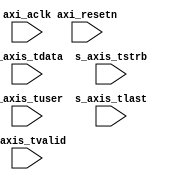
module checksum_processor
#(
   parameter   C_S_AXIS_TDATA_WIDTH       = 256,
   parameter   C_S_AXIS_TUSER_WIDTH       = 256
)
(
   input                                           axi_aclk,
   input                                           axi_resetn,

   //Slave Stream Ports (interface to data path)
   input          [C_S_AXIS_TDATA_WIDTH-1:0]       s_axis_tdata,
   input          [(C_S_AXIS_TDATA_WIDTH/8)-1:0]   s_axis_tstrb,
   input          [C_S_AXIS_TUSER_WIDTH-1:0]       s_axis_tuser,
   input                                           s_axis_tlast,
   input                                           s_axis_tvalid
);


reg   [C_S_AXIS_TDATA_WIDTH-1:0]       r_tdata;
reg   [(C_S_AXIS_TDATA_WIDTH/8)-1:0]   r_tstrb;
reg   [C_S_AXIS_TUSER_WIDTH-1:0]       r_tuser;
reg                                    r_tlast;
reg                                    r_tvalid;

reg   [7:0]    pkt_cnt;

reg   [15:0]   ip_bytes[0:(C_S_AXIS_TDATA_WIDTH/16)-1], ip_check_sum;
reg   [31:0]   ip_bytes_sum_current, ip_bytes_sum_next, ip_bytes_sum;

reg   [15:0]   udp_bytes[0:(C_S_AXIS_TDATA_WIDTH/16)-1], udp_check_sum;
reg   [31:0]   udp_bytes_sum_current, udp_bytes_sum_next, udp_bytes_sum;

reg   [15:0]   tcp_bytes[0:(C_S_AXIS_TDATA_WIDTH/16)-1], tcp_check_sum;
reg   [31:0]   tcp_bytes_sum_current, tcp_bytes_sum_next, tcp_bytes_sum;


always @(posedge axi_aclk)
   if (~axi_resetn) begin
      r_tdata  <= 0;
      r_tstrb  <= 0;
      r_tuser  <= 0;
      r_tlast  <= 0;
      r_tvalid <= 0;
   end
   else begin
      r_tdata  <= s_axis_tdata;
      r_tstrb  <= s_axis_tstrb;
      r_tuser  <= s_axis_tuser;
      r_tlast  <= s_axis_tlast;
      r_tvalid <= s_axis_tvalid;
   end

always @(posedge axi_aclk)
   if (~axi_resetn) begin
      pkt_cnt                 <= 0;
      ip_bytes_sum_current    <= 0;
      udp_bytes_sum_current   <= 0;
      tcp_bytes_sum_current   <= 0;
   end
   else if (r_tvalid && r_tlast) begin
      pkt_cnt                 <= 0;
      ip_bytes_sum_current    <= 0;
      udp_bytes_sum_current   <= 0;
      tcp_bytes_sum_current   <= 0;
   end
   else if (r_tvalid) begin
      pkt_cnt                 <= pkt_cnt + 1;
      ip_bytes_sum_current    <= ip_bytes_sum_next;
      udp_bytes_sum_current   <= udp_bytes_sum_next;
      tcp_bytes_sum_current   <= tcp_bytes_sum_next;
   end

//IPv4 checksum computation.
wire ip_bytes_3_en = (pkt_cnt == 1) || (pkt_cnt == 2) || (pkt_cnt == 3);
wire ip_bytes_2_en = (pkt_cnt == 2) || (pkt_cnt == 3);
wire ip_bytes_1_en = (pkt_cnt == 2) || (pkt_cnt == 3);
wire ip_bytes_0_en = (pkt_cnt == 2) || (pkt_cnt == 4);

always @(r_tvalid or ip_bytes_3_en or ip_bytes_2_en or ip_bytes_1_en or ip_bytes_0_en) begin
   ip_bytes[3] = (r_tvalid && ip_bytes_3_en) ? r_tdata[48+:16] : 0;
   ip_bytes[2] = (r_tvalid && ip_bytes_2_en) ? r_tdata[32+:16] : 0;
   ip_bytes[1] = (r_tvalid && ip_bytes_1_en) ? r_tdata[16+:16] : 0;
   ip_bytes[0] = (r_tvalid && ip_bytes_0_en) ? r_tdata[0+:16]  : 0;
   
   ip_bytes_sum      = ip_bytes[0] + ip_bytes[1] + ip_bytes[2] + ip_bytes[3] + ip_bytes_sum_current;
   ip_bytes_sum_next = ip_bytes_sum;

   ip_check_sum      = ~(ip_bytes_sum[31:16] + ip_bytes_sum[15:0]);
end

//UDP checksum computation.
wire udp_bytes_3_en_n = (pkt_cnt == 0) || (pkt_cnt == 1);
wire udp_bytes_2_en_n = (pkt_cnt == 0) || (pkt_cnt == 1) || (pkt_cnt == 2);
wire udp_bytes_1_en_n = (pkt_cnt == 0) || (pkt_cnt == 1) || (pkt_cnt == 2);
wire udp_bytes_0_en_n = (pkt_cnt == 0) || (pkt_cnt == 1) || (pkt_cnt == 2) || (pkt_cnt == 3) || (pkt_cnt == 5);

//For pseudo IP header calculation, the upd protocol is only required with zeros.
wire  [15:0]   udp_bytes_en_3 = (pkt_cnt == 2) ? 16'hff00 : {{8{r_tstrb[7]}}, {8{r_tstrb[6]}}};
wire  [15:0]   udp_bytes_en_2 = {{8{r_tstrb[5]}}, {8{r_tstrb[4]}}};
wire  [15:0]   udp_bytes_en_1 = {{8{r_tstrb[3]}}, {8{r_tstrb[2]}}};
wire  [15:0]   udp_bytes_en_0 = {{8{r_tstrb[1]}}, {8{r_tstrb[0]}}};

always @(r_tvalid or ip_bytes_3_en or ip_bytes_2_en or ip_bytes_1_en or ip_bytes_0_en) begin
   udp_bytes[3] = (r_tvalid && udp_bytes_3_en_n) ? 0 : r_tdata[48+:16] & udp_bytes_en_3;
   udp_bytes[2] = (r_tvalid && udp_bytes_2_en_n) ? 0 : r_tdata[32+:16] & udp_bytes_en_2;
   udp_bytes[1] = (r_tvalid && udp_bytes_1_en_n) ? 0 : r_tdata[16+:16] & udp_bytes_en_1;
   udp_bytes[0] = (r_tvalid && udp_bytes_0_en_n) ? 0 : r_tdata[0+:16]  & udp_bytes_en_0;

   //For Pseudo IP header calculation, the upd length must be added one more. 
   udp_bytes_sum      = (pkt_cnt == 4) ? udp_bytes[0] + udp_bytes[1] + udp_bytes[2] + udp_bytes[3] + udp_bytes[3] + udp_bytes_sum_current :
                                         udp_bytes[0] + udp_bytes[1] + udp_bytes[2] + udp_bytes[3] + udp_bytes_sum_current;
   udp_bytes_sum_next = udp_bytes_sum;

   udp_check_sum      = ~(udp_bytes_sum[31:16] + udp_bytes_sum[15:0]);
end

//TCP checksum computation.
wire tcp_bytes_3_en_n = (pkt_cnt == 0) || (pkt_cnt == 1);
wire tcp_bytes_2_en_n = (pkt_cnt == 0) || (pkt_cnt == 1) || (pkt_cnt == 2);
wire tcp_bytes_1_en_n = (pkt_cnt == 0) || (pkt_cnt == 1) || (pkt_cnt == 2);
wire tcp_bytes_0_en_n = (pkt_cnt == 0) || (pkt_cnt == 1) || (pkt_cnt == 2) || (pkt_cnt == 3) || (pkt_cnt == 5);

//TCP length including TCP header and data needs to be calculated on the fly.
reg   [15:0]   r_tcp_length;
always @(posedge axi_aclk)
   if (~axi_resetn)
      r_tcp_length   <= 0;
   else if (pkt_cnt == 2)
      r_tcp_length   <= ({r_tdata[0+:8], r_tdata[8+:8]} - 16'h0014);

wire  [15:0]   tcp_length = {r_tcp_length[0+:8], r_tcp_length[8+:8]};

//For pseudo IP header calculation, the upd protocol is only required with zeros.
wire  [15:0]   tcp_bytes_en_3 = (pkt_cnt == 2) ? 16'hff00 : {{8{r_tstrb[7]}}, {8{r_tstrb[6]}}};
wire  [15:0]   tcp_bytes_en_2 = {{8{r_tstrb[5]}}, {8{r_tstrb[4]}}};
wire  [15:0]   tcp_bytes_en_1 = {{8{r_tstrb[3]}}, {8{r_tstrb[2]}}};
wire  [15:0]   tcp_bytes_en_0 = {{8{r_tstrb[1]}}, {8{r_tstrb[0]}}};

always @(r_tvalid or ip_bytes_3_en or ip_bytes_2_en or ip_bytes_1_en or ip_bytes_0_en) begin
   tcp_bytes[3] = (r_tvalid && tcp_bytes_3_en_n) ? 0 : r_tdata[48+:16] & tcp_bytes_en_3;
   tcp_bytes[2] = (r_tvalid && tcp_bytes_2_en_n) ? 0 : r_tdata[32+:16] & tcp_bytes_en_2;
   tcp_bytes[1] = (r_tvalid && tcp_bytes_1_en_n) ? 0 : r_tdata[16+:16] & tcp_bytes_en_1;
   tcp_bytes[0] = (r_tvalid && tcp_bytes_0_en_n) ? 0 : r_tdata[0+:16]  & tcp_bytes_en_0;

   //For Pseudo IP header calculation, the upd length must be added one more. 
   tcp_bytes_sum      = (pkt_cnt == 4) ? tcp_bytes[0] + tcp_bytes[1] + tcp_bytes[2] + tcp_bytes[3] + tcp_bytes[3] + tcp_bytes_sum_current :
                                         tcp_bytes[0] + tcp_bytes[1] + tcp_bytes[2] + tcp_bytes[3] + tcp_bytes_sum_current;
   tcp_bytes_sum_next = tcp_bytes_sum;

   tcp_check_sum      = ~(tcp_bytes_sum[31:16] + tcp_bytes_sum[15:0]);
end

endmodule